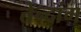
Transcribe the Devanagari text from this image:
तेन्दांग